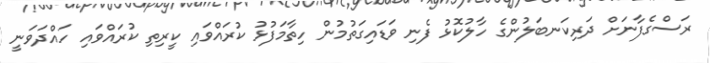
ރަސްގެފާނަށް ދަރިކަނބަލުންގެ ހާލުކޮޅު ފެނި ވަޑައިގަތުމުން ހިތާމަފުޅު ކުރައްވައި ކީރިތި ކުރައްވައި ހައްދަވަނީ